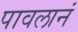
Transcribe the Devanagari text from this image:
पावलानं